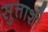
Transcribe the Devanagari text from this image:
सुत्ताशी